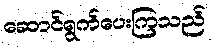
ဆောင်ရွက်ပေးကြသည်